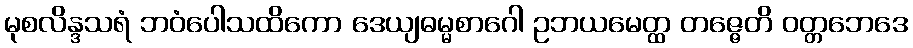
မုစလိန္ဒသရံ ဘဝံပေါသထိကော ဒေယျဓမ္မစာဂေါ ဥဘယမေတ္ထ တဇ္ဇေတိ ဝတ္တဘေဒေ